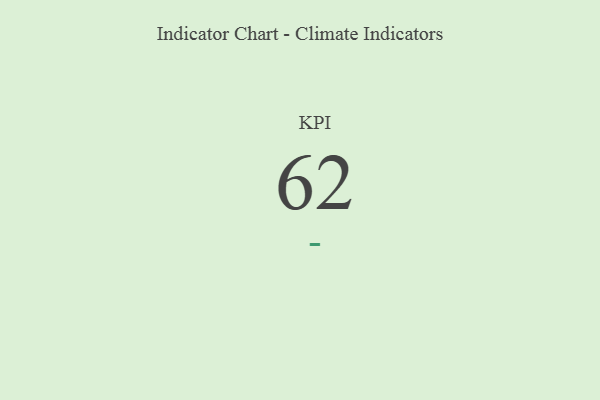
{"axis": {"x": "KPI", "y": "Value"}, "legend": [""], "data": [{"x": "KPI", "y": 62, "type": ""}]}